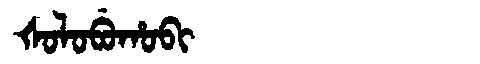
Manchu: ᡧᠣᠯᠣᠪᡠᡥᠣᠪᡳ
Romanization: ŠOLOBUHOBI